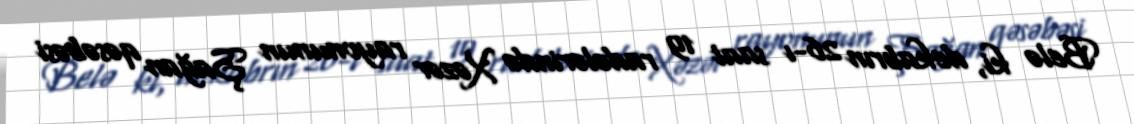
Belə ki, dekabrın 26-ı saat 19 radələrində Xəzər rayonunun Şağan qəsəbəsi